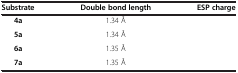
<table><thead><tr><td><b>Substrate</b></td><td><b>Double bond length</b></td><td><b>ESP charge</b></td></tr></thead><tbody><tr><td><b>4a</b></td><td>1.34 Å</td><td>[EMPTY_CELL]</td></tr><tr><td><b>5a</b></td><td>1.34 Å</td><td>[EMPTY_CELL]</td></tr><tr><td><b>6a</b></td><td>1.35 Å</td><td>[EMPTY_CELL]</td></tr><tr><td><b>7a</b></td><td>1.35 Å</td><td>[EMPTY_CELL]</td></tr></tbody></table>